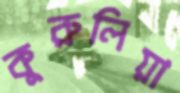
কুরুলিয়া